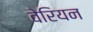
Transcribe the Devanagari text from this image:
वेरियन